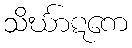
သိင်္ဃာဋကေ